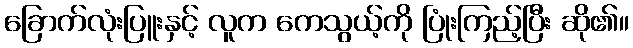
ခြောက်လုံးပြူးနှင့် လူက ကေသွယ့်ကို ပြုံးကြည့်ပြီး ဆို၏။